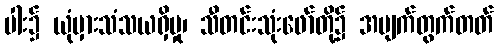
ပါး၌ ယုံမှားသံသယရှိမှု၊ သီတင်းသုံးဖော်တို့၌ အမျက်တွက်တတ်